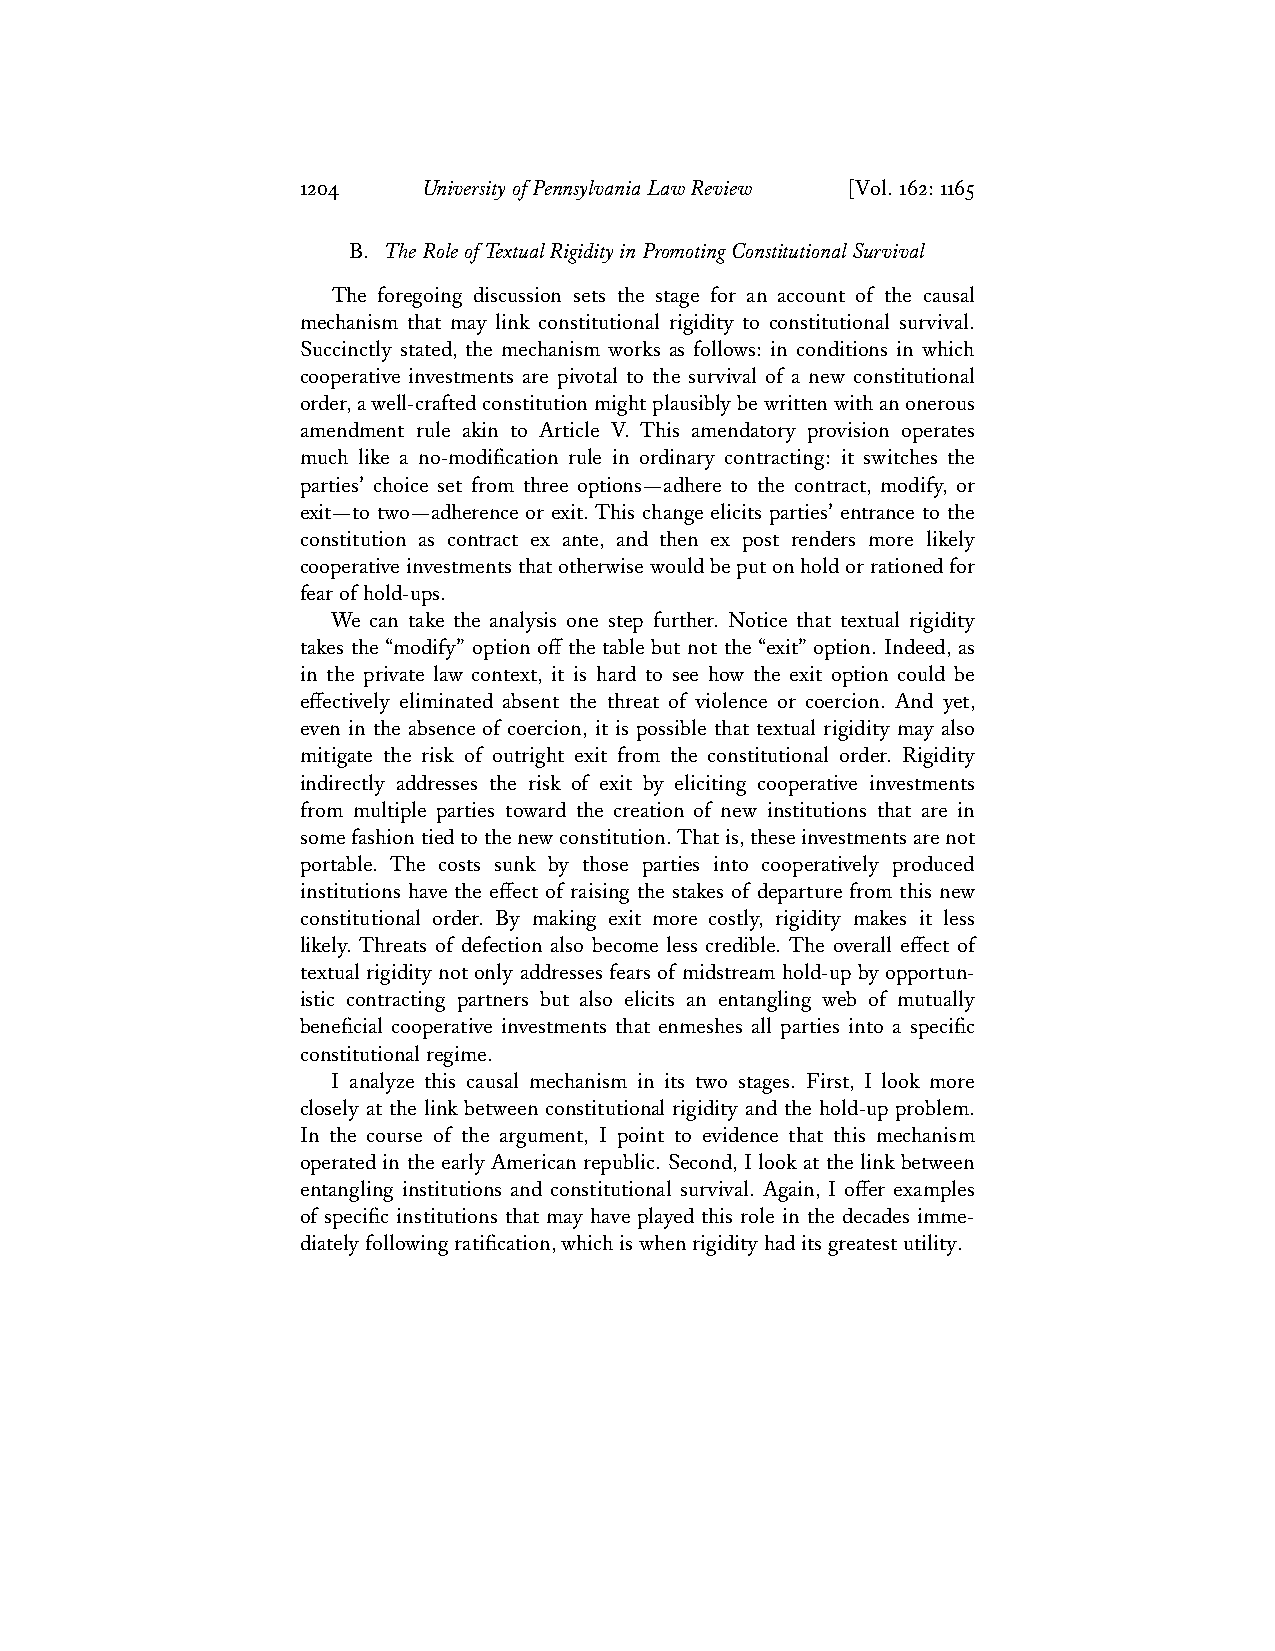
1204    University of Pennsylvania Law Review [Vol. 162: 1165
 B. The Role of Textual Rigidity in Promoting Constitutional Survival
 The foregoing discussion sets the stage for an account of the causal
 mechanism that may link constitutional rigidity to constitutional survival.
 Succinctly stated, the mechanism works as follows: in conditions in which
 cooperative investments are pivotal to the survival of a new constitutional
 order, a well-crafted constitution might plausibly be written with an onerous
 amendment rule akin to Article V. This amendatory provision operates
 much like a no-modification rule in ordinary contracting: it switches the
 parties’ choice set from three options—adhere to the contract, modify, or
 exit—to two—adherence or exit. This change elicits parties’ entrance to the
 constitution as contract ex ante, and then ex post renders more likely
 cooperative investments that otherwise would be put on hold or rationed for
 fear of hold-ups.
 We can take the analysis one step further. Notice that textual rigidity
 takes the “modify” option off the table but not the “exit” option. Indeed, as
 in the private law context, it is hard to see how the exit option could be
 effectively eliminated absent the threat of violence or coercion. And yet,
 even in the absence of coercion, it is possible that textual rigidity may also
 mitigate the risk of outright exit from the constitutional order. Rigidity
 indirectly addresses the risk of exit by eliciting cooperative investments
 from multiple parties toward the creation of new institutions that are in
 some fashion tied to the new constitution. That is, these investments are not
 portable. The costs sunk by those parties into cooperatively produced
 institutions have the effect of raising the stakes of departure from this new
 constitutional order. By making exit more costly, rigidity makes it less
 likely. Threats of defection also become less credible. The overall effect of
 textual rigidity not only addresses fears of midstream hold-up by opportun-
 istic contracting partners but also elicits an entangling web of mutually
 beneficial cooperative investments that enmeshes all parties into a specific
 constitutional regime.
 I analyze this causal mechanism in its two stages. First, I look more
 closely at the link between constitutional rigidity and the hold-up problem.
 In the course of the argument, I point to evidence that this mechanism
 operated in the early American republic. Second, I look at the link between
 entangling institutions and constitutional survival. Again, I offer examples
 of specific institutions that may have played this role in the decades imme-
 diately following ratification, which is when rigidity had its greatest utility.